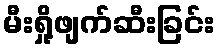
မီးရှို့ဖျက်ဆီးခြင်း